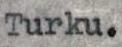
Turku.